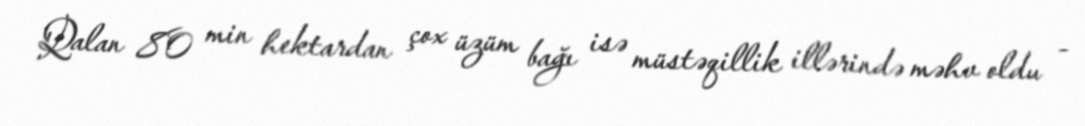
Qalan 80 min hektardan çox üzüm bağı isə müstəqillik illərində məhv oldu -